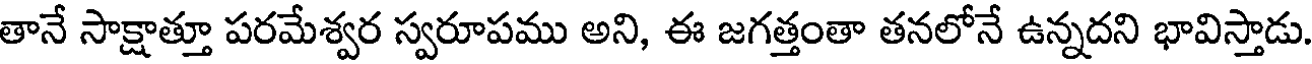
తానే సాక్షాత్తూ పరమేశ్వర స్వరూపము అని, ఈ జగత్తంతా తనలోనే ఉన్నదని భావిస్తాడు.